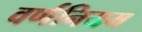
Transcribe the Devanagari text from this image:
वर्णनियम